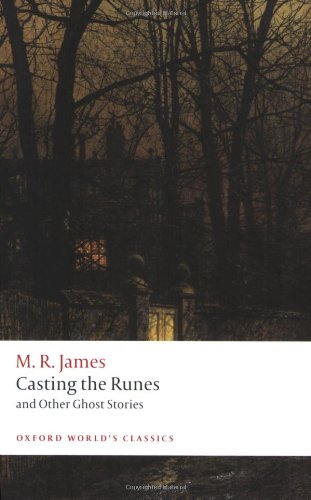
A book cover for Casting the Runes and Other Ghost Stories (Oxford World's Classics); M. R. James; Literature & Fiction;